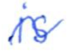
Text: is
Cross-out: mix
Writing tool: ballpoint